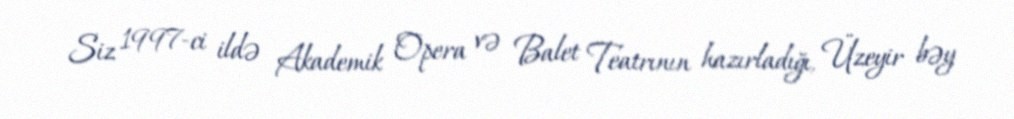
Siz 1997-ci ildə Akademik Opera və Balet Teatrının hazırladığı, Üzeyir bəy